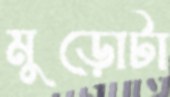
মুড়োটা